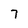
Character: 7